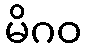
မိဂဝ